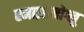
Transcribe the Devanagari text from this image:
रमाझानोग्लु